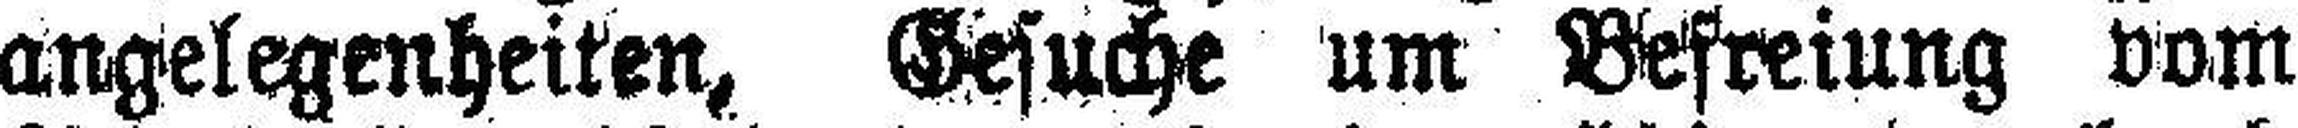
angelegenheiten, Gesuche um Befreiung vom